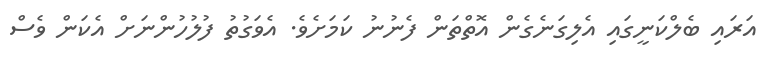
އަރައި ބެލްކަނީގައި އެލިގަނެގެން އޮތްތަން ފެނުނު ކަމަށެވެ. އެވަގުތު ފުލުހުންނަށް އެކަން ވެސް